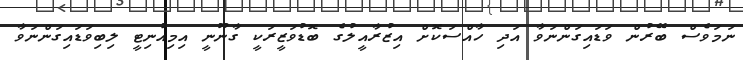
ނަމަވެސް ބޭރުން ވަޑައިގަންނަވާ އަދި ހާއްސަކޮށް އިޒުރާއީލުގެ ބޮޑުވަޒީރަކީ ގާނޫނީ އިމިއުނިޓީ ލިބިވަޑައިގަންނަވާ